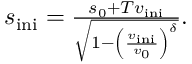
\begin{array} { r } { s _ { \mathrm { i n i } } = \frac { s _ { 0 } + T v _ { \mathrm { i n i } } } { \sqrt { 1 - \left( \frac { v _ { \mathrm { i n i } } } { v _ { 0 } } \right) ^ { \delta } } } . } \end{array}